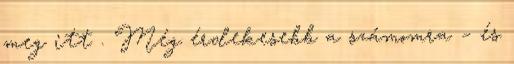
meg itt . Még érdekesebb a számomra – és